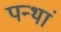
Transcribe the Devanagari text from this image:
पन्थां